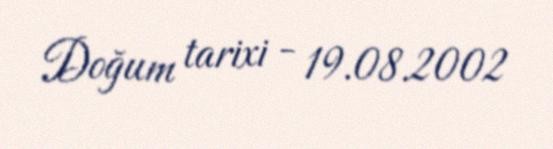
Doğum tarixi - 19.08.2002